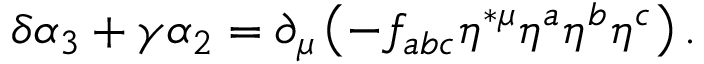
\delta \alpha _ { 3 } + \gamma \alpha _ { 2 } = \partial _ { \mu } \left( - f _ { a b c } \eta ^ { * \mu } \eta ^ { a } \eta ^ { b } \eta ^ { c } \right) .